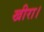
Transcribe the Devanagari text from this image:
खीरा।